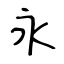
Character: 永